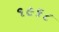
૧૯૬૮